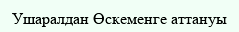
Ушаралдан Өскеменге аттануы